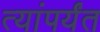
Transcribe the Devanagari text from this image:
त्यांपर्यंत